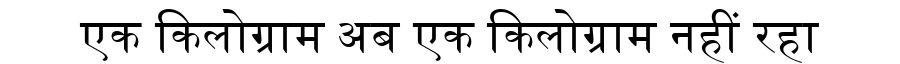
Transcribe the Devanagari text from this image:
एक किलोग्राम अब एक किलोग्राम नहीं रहा